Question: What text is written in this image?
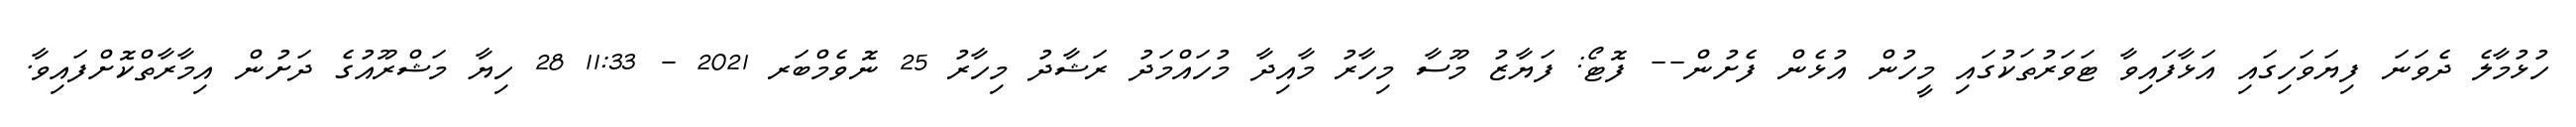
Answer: ހުޅުމާލެ ދެވަނަ ފިޔަވަހިގައި އަޅާފައިވާ ޓަވަރުތަކުގައި މީހުން އުޅެން ފެށުން-- ފޮޓޯ: ފަޔާޒު މޫސާ މިހާރު މާއިދާ މުހައްމަދު ރަޝާދު މިހާރު 25 ނޮވެމްބަރ 2021 - 11:33 28 ހިޔާ މަޝްރޫއުގެ ދަށުން އިމާރާތްކޮށްފައިވާ.